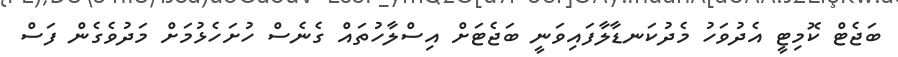
ބަޖެޓް ކޮމިޓީ އެދުވަހު މެދުކަނޑާލާފައިވަނީ ބަޖެޓަށް އިސްލާހުތައް ގެނެސް ހުށަހެޅުމަށް މަދުވެގެން ފަސް